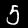
Label: 5